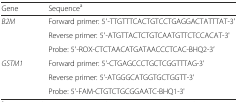
| Gene | Sequencea |
 | --- | --- |
 | <ROWSPAN=3> B2M | Forward primer: 5′-TTGTTTCACTGTCCTGAGGACTATTTAT-3′ |
 | Reverse primer: 5′-ATGTTACTCTGTCAATGTTCTCCACAT-3' |
 | Probe: 5′-ROX-CTCTAACATGATAACCCTCAC-BHQ2-3′ |
 | <ROWSPAN=3> GSTM1 | Forward primer: 5'-CTGAGCCCTGCTCGGTTTAG-3' |
 | Reverse primer: 5'-ATGGGCATGGTGCTGGTT-3' |
 | Probe: 5'-FAM-CTGTCTGCGGAATC-BHQ1-3' |